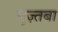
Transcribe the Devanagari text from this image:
मुज़्तबा